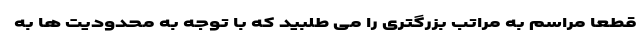
قطعا مراسم به مراتب بزرگتری را می طلبید که با توجه به محدودیت ها به